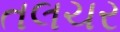
તલચર